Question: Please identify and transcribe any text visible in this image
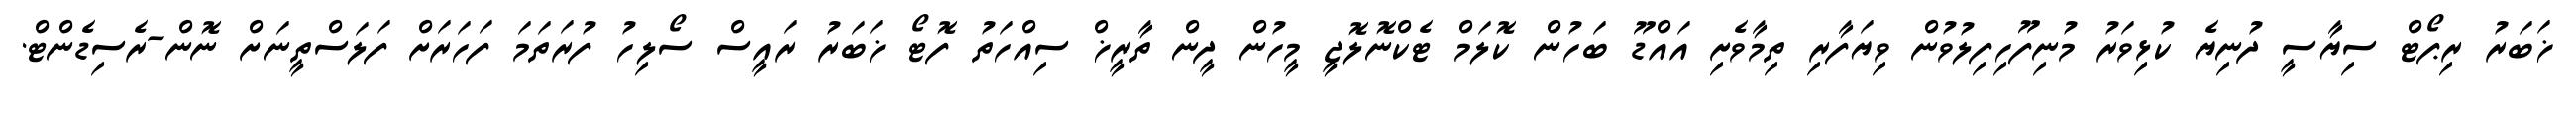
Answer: ޚަބަރު ރިޕޯޓް ސިޔާސީ ދުނިޔެ ކުޅިވަރު މުނިފޫހިފިލުވުން ވިޔަފާރި ތިމާވެށި އައްޑޫ ބަހުން ކޮލަމް ޓެކްނޮލޮޖީ މީހުން ދީން ތާރީޚް ސިއްހަތު ފޮޓޯ ޚަބަރު ރައީސް ސޯލިހު ފުރަތަމަ ފަހަރަށް ފަލަސްތީނަށް ނޮން-ރެސިޑެންޓް.